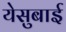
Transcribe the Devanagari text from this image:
येसुबाई